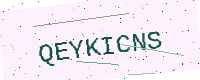
Text: QEYKICNS